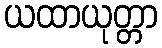
ယထာယုတ္တာ